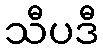
သီပဒီ